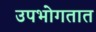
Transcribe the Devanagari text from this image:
उपभोगतात